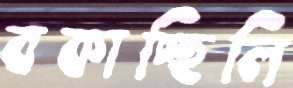
বকাচ্ছিলি